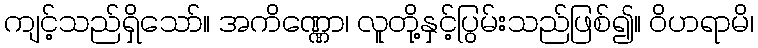
ကျင့်သည်ရှိသော်။ အကိဏ္ဏော၊ လူတို့နှင့်ပြွမ်းသည်ဖြစ်၍။ ဝိဟရာမိ၊